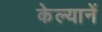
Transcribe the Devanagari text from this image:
केल्यानें